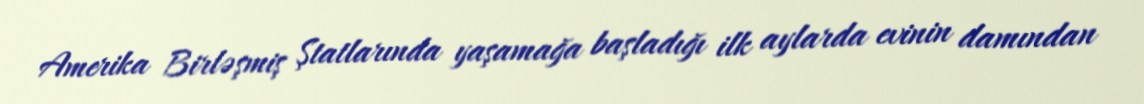
Amerika Birləşmiş Ştatlarında yaşamağa başladığı ilk aylarda evinin damından